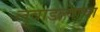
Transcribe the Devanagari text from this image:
लुबाडल्याचा